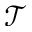
\mathcal { T }